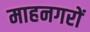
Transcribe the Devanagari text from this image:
माहनगरों